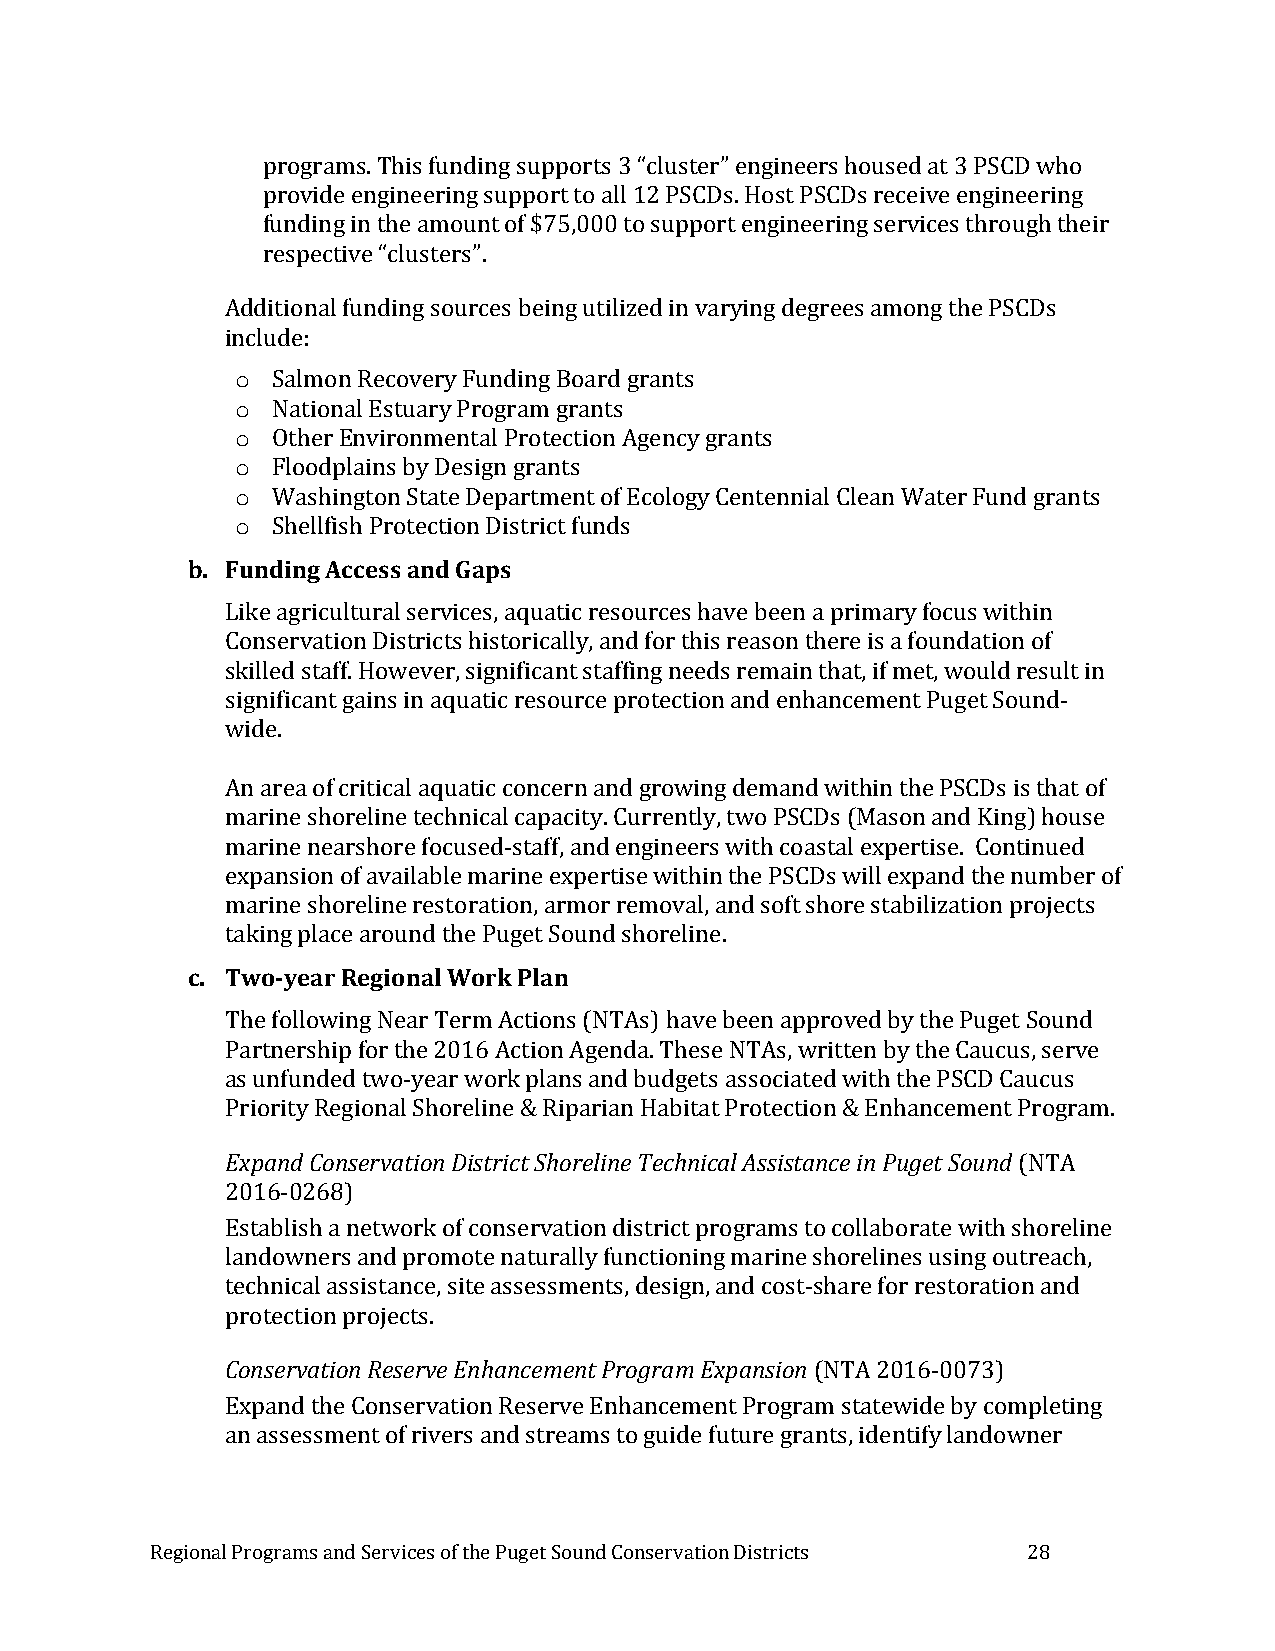
programs. This funding supports 3 “cluster” engineers housed at 3 PSCD who
 provide engineering support to all 12 PSCDs. Host PSCDs receive engineering
 funding in the amount of $75,000 to support engineering services through their
 respective “clusters”.
 Additional funding sources being utilized in varying degrees among the PSCDs
 include:
 o Salmon Recovery Funding Board grants
 o National Estuary Program grants
 o Other Environmental Protection Agency grants
 o Floodplains by Design grants
 o Washington State Department of Ecology Centennial Clean Water Fund grants
 o Shellfish Protection District funds
 b. Funding Access and Gaps
 Like agricultural services, aquatic resources have been a primary focus within
 Conservation Districts historically, and for this reason there is a foundation of
 skilled staff. However, significant staffing needs remain that, if met, would result in
 significant gains in aquatic resource protection and enhancement Puget Sound-
 wide.
 An area of critical aquatic concern and growing demand within the PSCDs is that of
 marine shoreline technical capacity. Currently, two PSCDs (Mason and King) house
 marine nearshore focused-staff, and engineers with coastal expertise. Continued
 expansion of available marine expertise within the PSCDs will expand the number of
 marine shoreline restoration, armor removal, and soft shore stabilization projects
 taking place around the Puget Sound shoreline.
 c. Two-year Regional Work Plan
 The following Near Term Actions (NTAs) have been approved by the Puget Sound
 Partnership for the 2016 Action Agenda. These NTAs, written by the Caucus, serve
 as unfunded two-year work plans and budgets associated with the PSCD Caucus
 Priority Regional Shoreline & Riparian Habitat Protection & Enhancement Program.
 Expand Conservation District Shoreline Technical Assistance in Puget Sound (NTA
 2016-0268)
 Establish a network of conservation district programs to collaborate with shoreline
 landowners and promote naturally functioning marine shorelines using outreach,
 technical assistance, site assessments, design, and cost-share for restoration and
 protection projects.
 Conservation Reserve Enhancement Program Expansion (NTA 2016-0073)
 Expand the Conservation Reserve Enhancement Program statewide by completing
 an assessment of rivers and streams to guide future grants, identify landowner
 Regional Programs and Services of the Puget Sound Conservation Districts 28